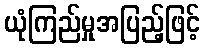
ယုံကြည်မှုအပြည့်ဖြင့်